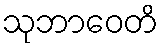
သုဘာဝေတိ